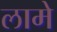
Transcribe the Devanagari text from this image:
लामे